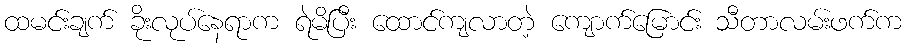
ထမင်းချက် ခိုးလုပ်နေရာက ရဲမိပြီး ထောင်ကျလာတဲ့ ကျောက်မြောင်း သီတာလမ်းဖက်က